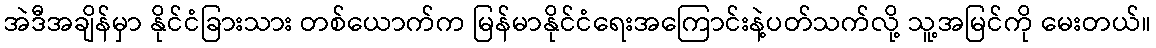
အဲဒီအချိန်မှာ နိုင်ငံခြားသား တစ်ယောက်က မြန်မာနိုင်ငံရေးအကြောင်းနဲ့ပတ်သက်လို့ သူ့အမြင်ကို မေးတယ်။